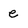
Character: e